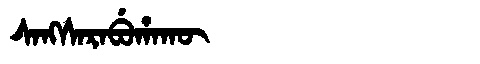
Manchu: ᠰᠠᠩᠰᠠᡵᠠᠪᡠᡥᠠᡴᡡ
Romanization: SANGSARABUHAKŪ